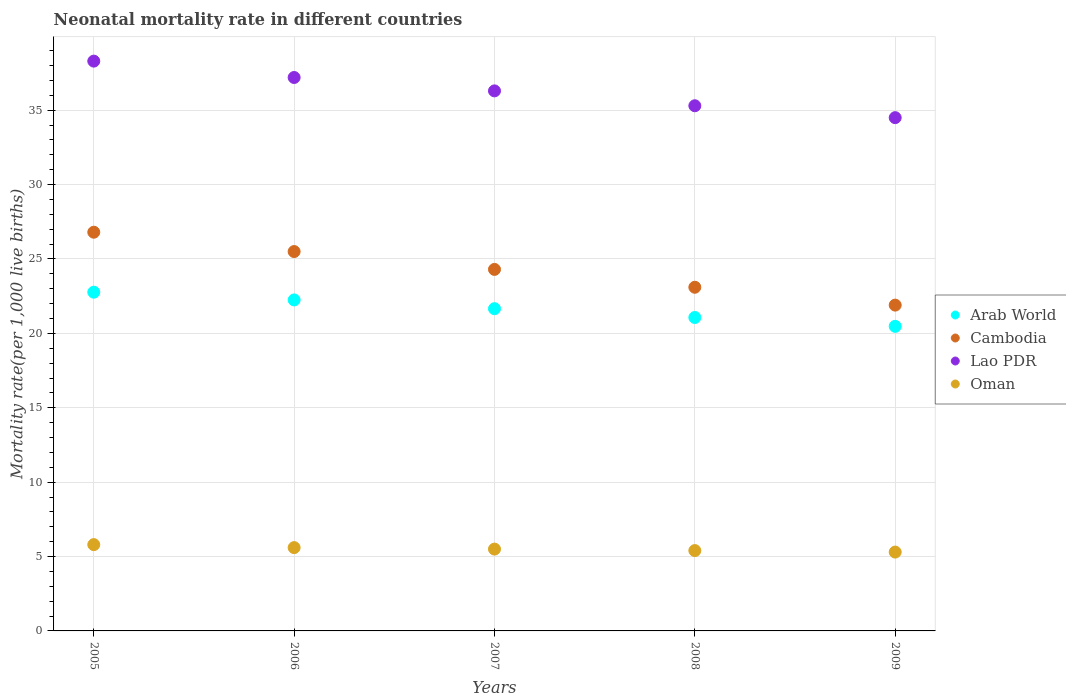
| Years | Arab World | Cambodia | Lao PDR | Oman |
 | --- | --- | --- | --- | --- |
 | 2005 | 22.8 | 26.8 | 38.3 | 5.8 |
 | 2006 | 22.2 | 25.5 | 37.2 | 5.6 |
 | 2007 | 21.7 | 24.3 | 36.3 | 5.5 |
 | 2008 | 21.1 | 23.1 | 35.3 | 5.4 |
 | 2009 | 20.5 | 21.9 | 34.5 | 5.3 |